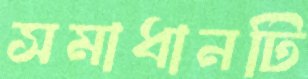
সমাধানটি